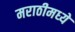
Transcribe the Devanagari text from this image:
मराठीमध्‍ये